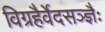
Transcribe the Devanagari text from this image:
विग्रहैर्वेदसञ्ज्ञैः